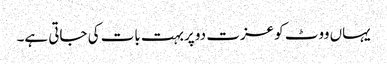
یہاں ووٹ کو عزت دو پربہت بات کی جاتی ہے۔